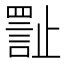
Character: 𪴾